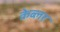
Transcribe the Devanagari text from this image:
केब्लर